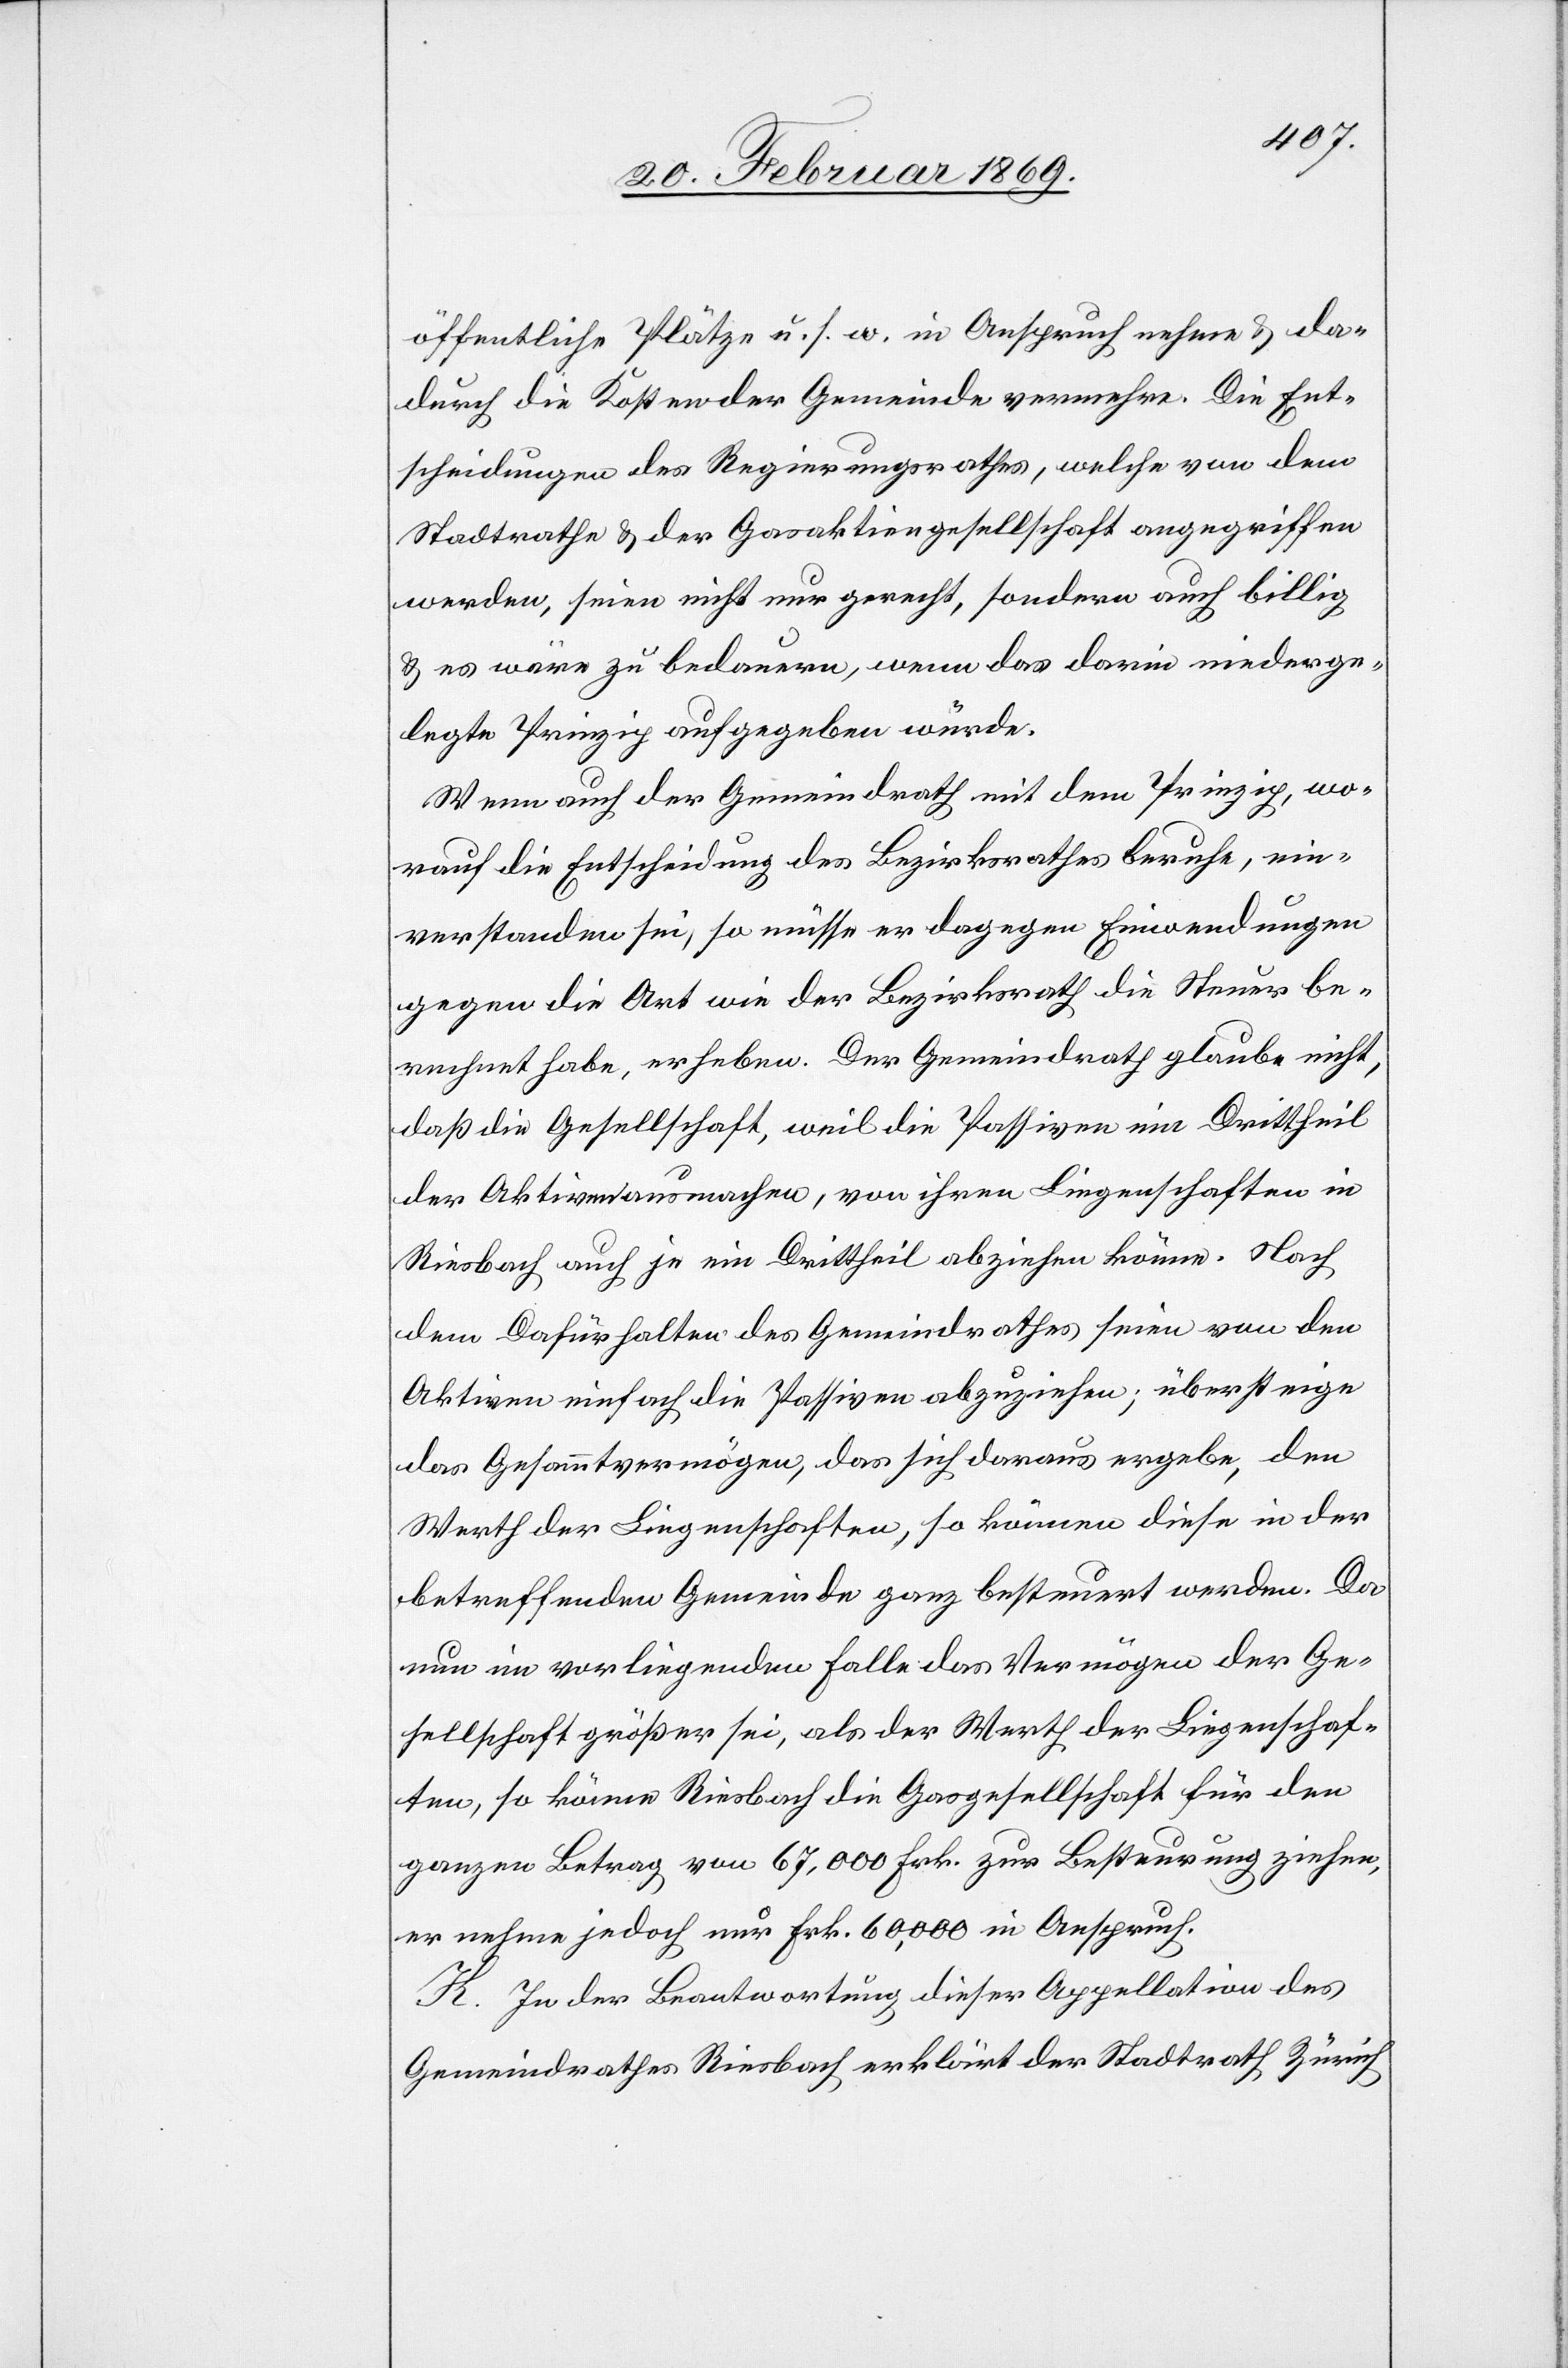
öffentliche Plätze u. s. w. in Anspruch nehme & da¬
durch die Kosten der Gemeinde vermehre. Die Ent¬
scheidungen des Regierungsrathes, welche von dem
Stadtrathe & der Gasaktiengesellschaft angegriffen
werden, seien nicht nur gerecht, sondern auch billig
& es wäre zu bedauern, wenn das darin niederge¬
legte Prinzip aufgegeben würde.
Wenn auch der Gemeindrath mit dem Prinzip, wo¬
rauf die Entscheidung des Bezirksrathes beruhe, ein¬
verstanden sei, so müsse er dagegen Einwendungen
gegen die Art wie der Bezirksrath die Steuer be¬
rechnet habe, erheben. Der Gemeindrath glaube nicht,
daß die Gesellschaft, weil die Passiven ein Drittheil
der Aktiven ausmachen, von ihren Liegenschaften in
Riesbach auch je ein Drittheil abziehen können. Nach
dem Dafürhalten des Gemeindrathes seien von den
Aktiven einfach die Passiven abzuziehen; übersteige
das Gesammtvermögen, das sich daraus ergebe, den
Werth der Liegenschaften, so können diese in der
betreffenden Gemeinde ganz besteuert werden. Da
nun im vorliegenden Falle das Vermögen der Ge¬
sellschaft größer sei, als der Werth der Liegenschaf¬
ten, so könne Riesbach die Gesellschaft für den
ganzen Betrag von 67,000 Frk. zur Besteuerung ziehen,
er nehme jedoch nur Frk. 60,000 in Anspruch.
K. In der Beantwortung dieser Appellation des
Gemeindrathes Riesbach erklärt der Stadtrath Zürich